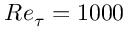
R e _ { \tau } = 1 0 0 0